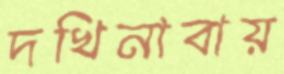
দখিনাবায়